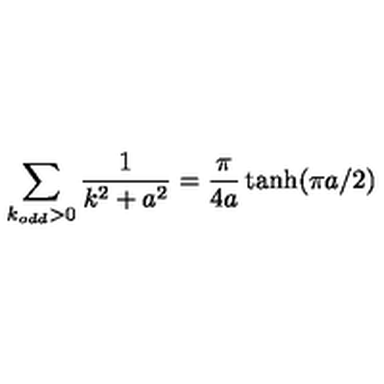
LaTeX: \sum _ { k _ { o d d } > 0 } \frac { 1 } { k ^ { 2 } + a ^ { 2 } } = \frac { \pi } { 4 a } \tanh ( \pi a / 2 )